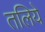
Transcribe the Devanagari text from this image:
तलिये